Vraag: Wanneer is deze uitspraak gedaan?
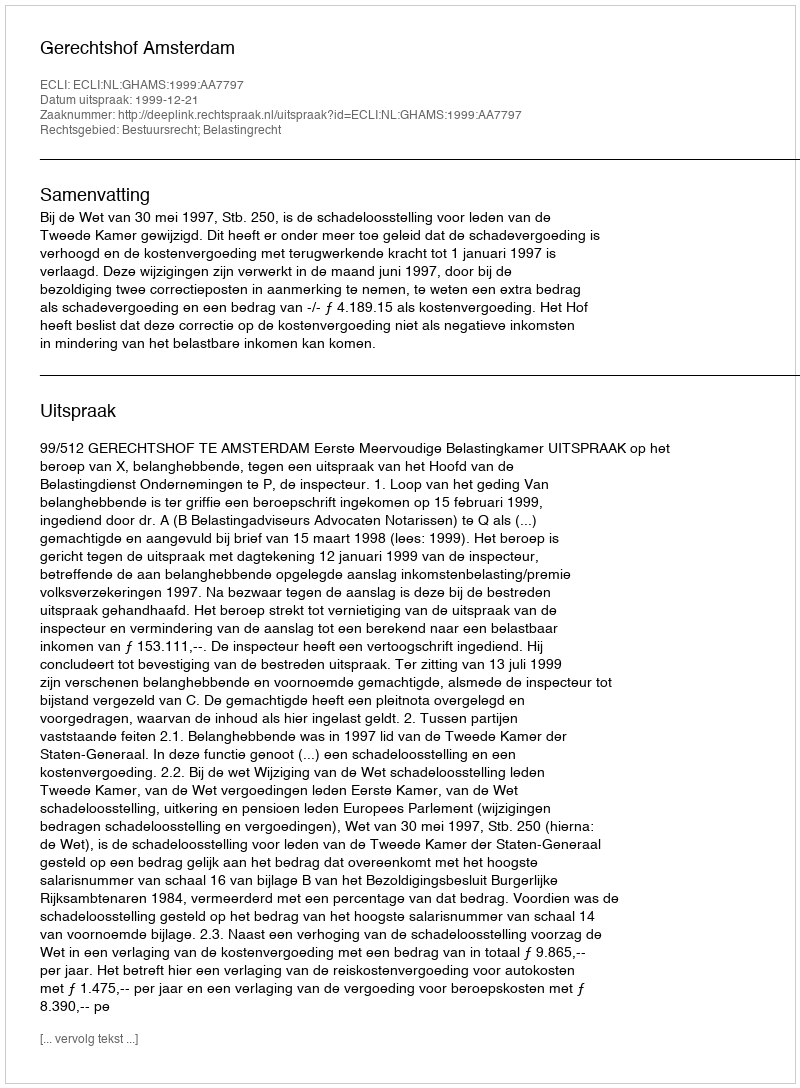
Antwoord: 1999-12-21